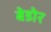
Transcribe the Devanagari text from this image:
बेडोर